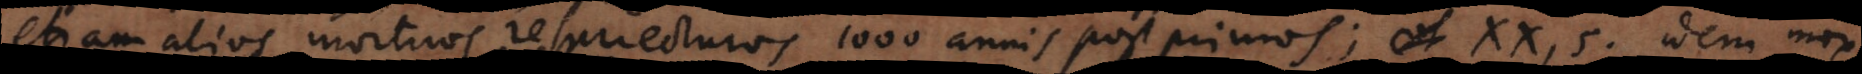
etiam alios mortuos resurrecturos 1000 annis post primos; XX, 5. Idem mox